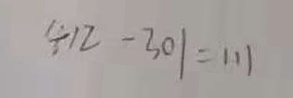
4 1 2 - 3 0 1 = 1 1 1